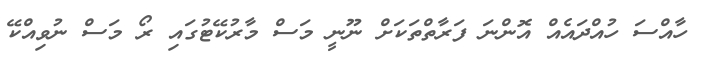
ހާއްސަ ހުއްދައެއް އޮންނަ ފަރާތްތަކަށް ނޫނީ މަސް މާރުކޭޓުގައި ރޯ މަސް ނުވިއްކޭ